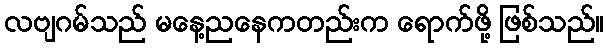
လဗျဂမ်သည် မနေ့ညနေကတည်းက ရောက်ဖို့ ဖြစ်သည်။